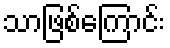
သာဖြစ်ကြောင်း